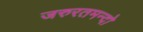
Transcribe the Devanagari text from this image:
जरुरतमन्दो